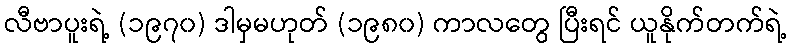
လီဗာပူးရဲ့ (၁၉၇၀) ဒါမှမဟုတ် (၁၉၈၀) ကာလတွေ ပြီးရင် ယူနိုက်တက်ရဲ့